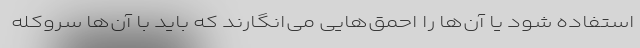
استفاده شود یا آن‌ها را احمق‌هایی می‌انگارند که باید با آن‌ها سروکله